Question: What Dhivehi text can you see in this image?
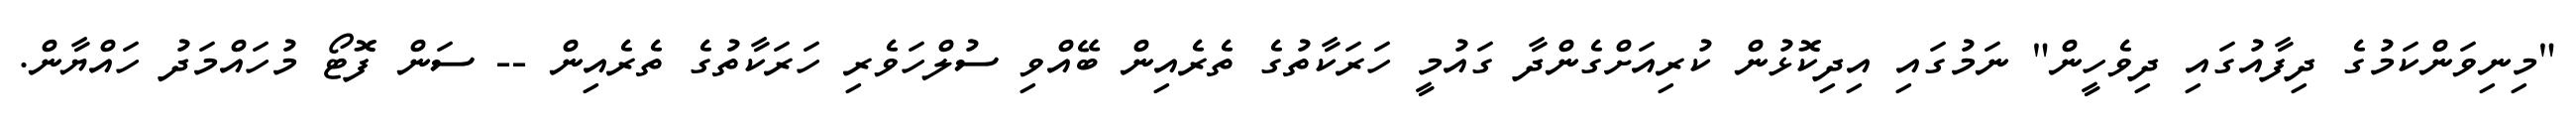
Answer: "މިނިވަންކަމުގެ ދިފާއުގައި ދިވެހީން" ނަމުގައި އިދިކޮޅުން ކުރިއަށްގެންދާ ގައުމީ ހަރަކާތުގެ ތެރެއިން ބޭއްވި ސުލްހަވެރި ހަރަކާތުގެ ތެރެއިން -- ސަން ފޮޓޯ މުހައްމަދު ހައްޔާން.